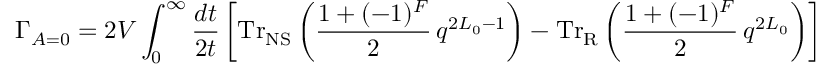
\Gamma _ { A = 0 } = 2 V \int _ { 0 } ^ { \infty } \frac { d t } { 2 t } \left[ \mathrm { T r } _ { \mathrm { N S } } \left( \frac { 1 + ( - 1 ) ^ { \cal F } } { 2 } \, q ^ { 2 L _ { 0 } - 1 } \right) - \mathrm { T r } _ { \mathrm { R } } \left( \frac { 1 + ( - 1 ) ^ { \cal F } } { 2 } \, q ^ { 2 L _ { 0 } } \right) \right]